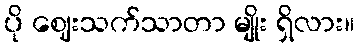
ပို ဈေးသက်သာတာ မျိုး ရှိလား။